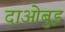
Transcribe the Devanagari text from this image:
दाओबुइ